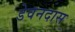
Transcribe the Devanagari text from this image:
डेवनदास